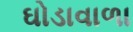
ઘોડાવાળા